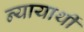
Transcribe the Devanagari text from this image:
न्यायार्थी